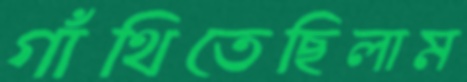
গাঁথিতেছিলাম